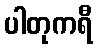
ပါတုကရီ